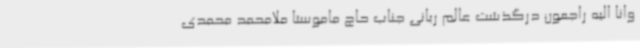
وانا الیه راجعون درگذشت عالم ربانی جناب حاج ماموستا ملامحمد محمدی